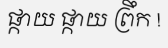
ផ្កាយ ផ្កាយ ព្រឹក !